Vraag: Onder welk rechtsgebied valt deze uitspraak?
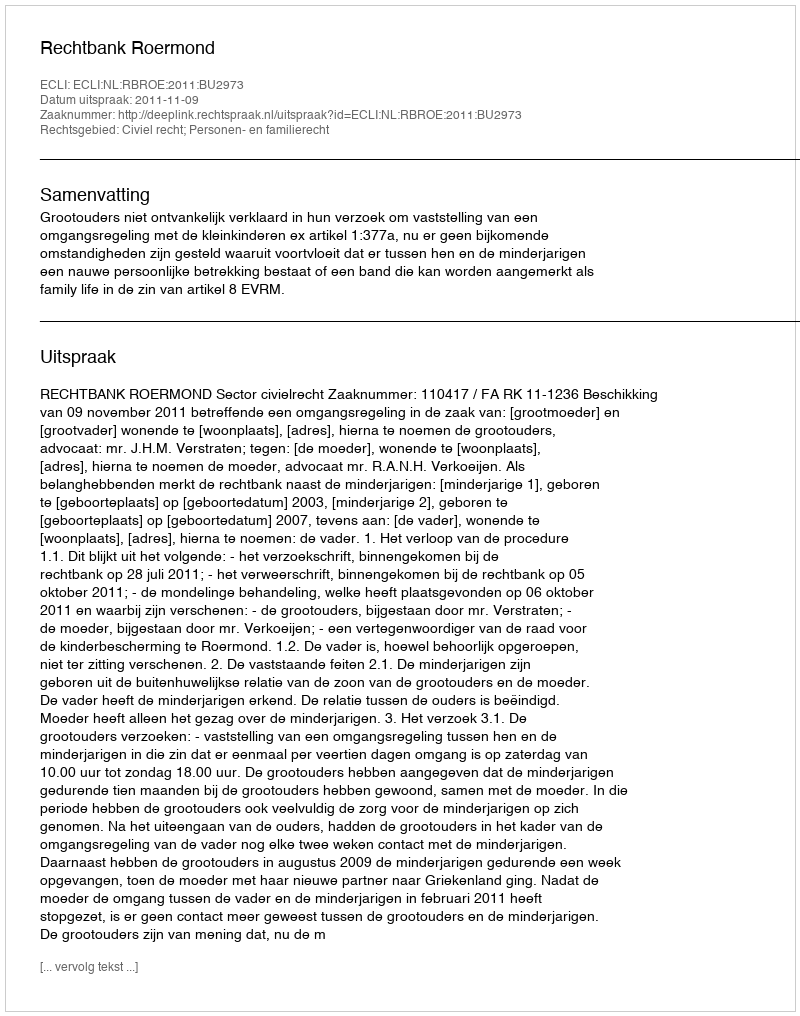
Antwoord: Civiel recht; Personen- en familierecht